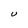
Character: U